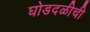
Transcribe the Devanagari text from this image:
घोडदळीची